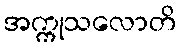
အက္ကုသလောတိ